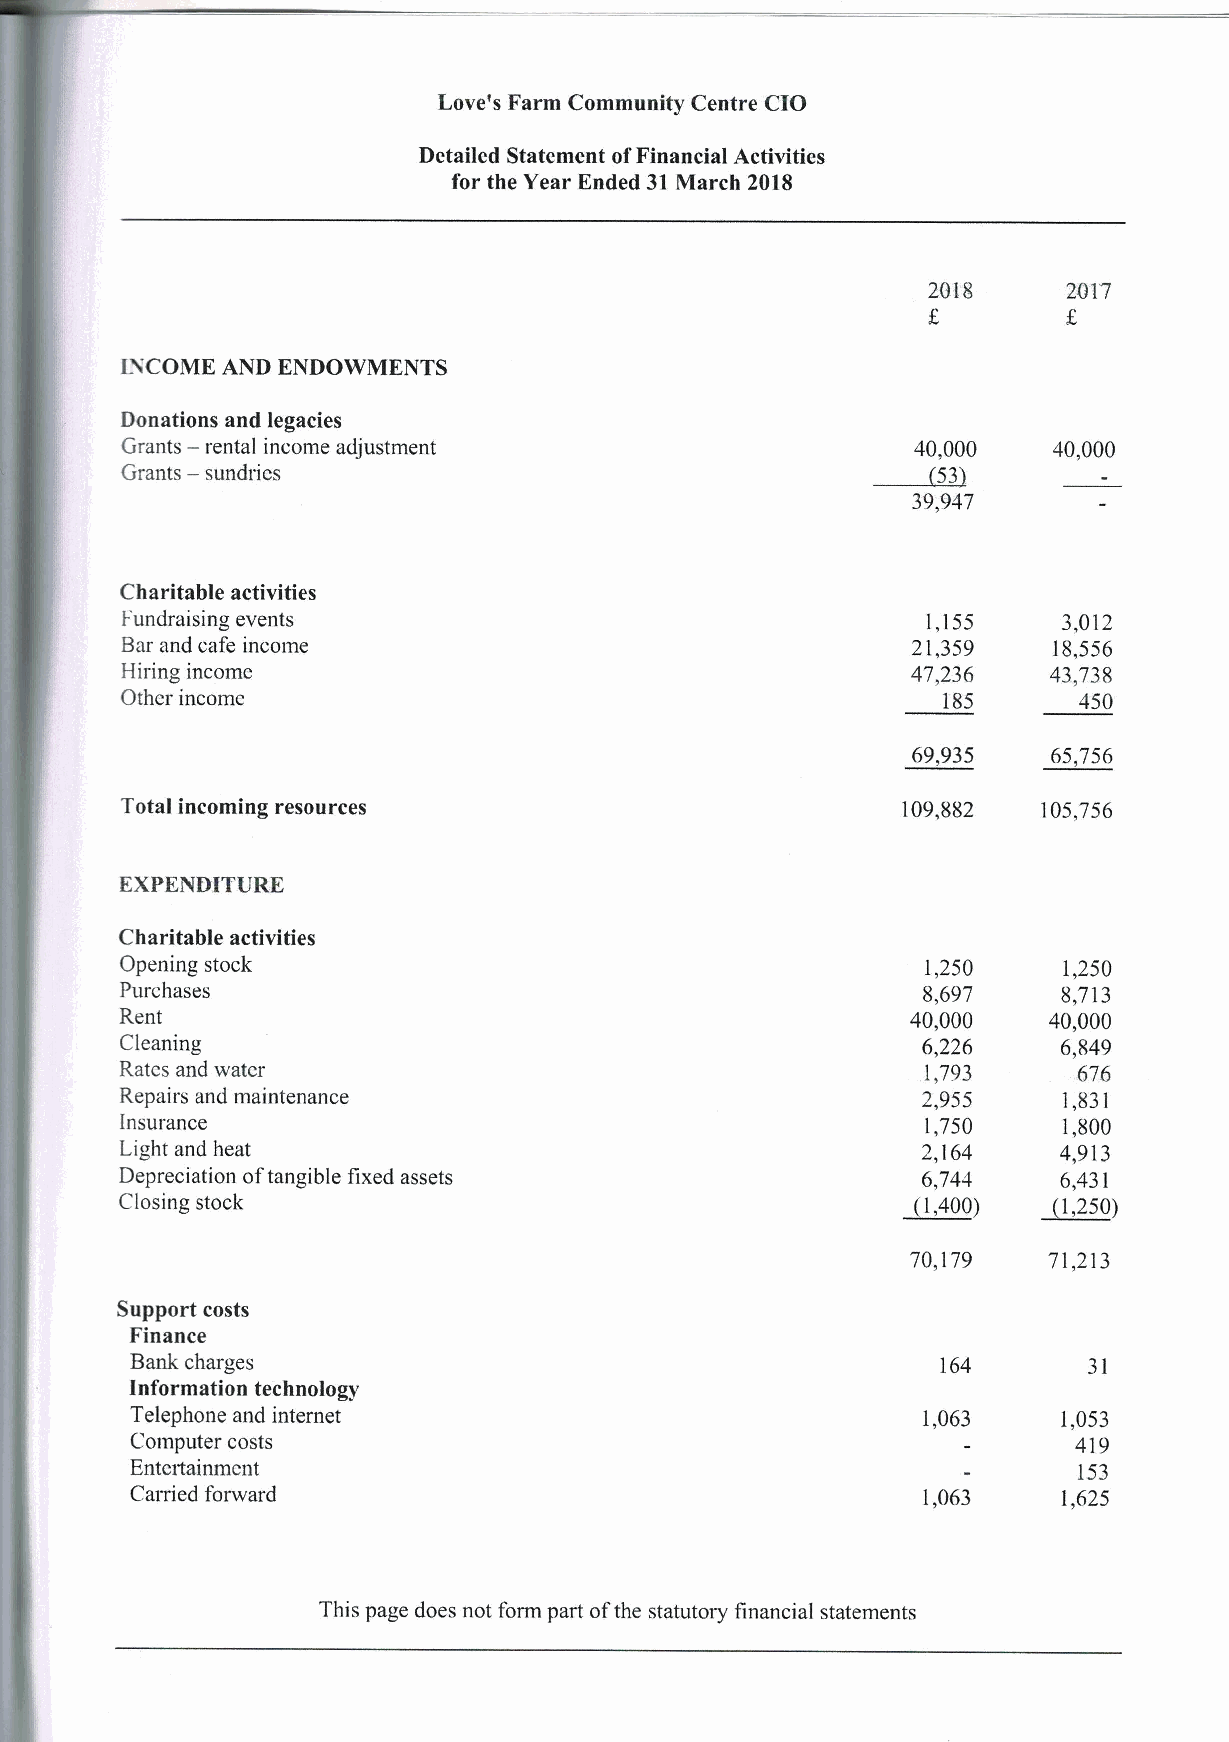
I.
 ove's Farm Community Centre CIO
 Detailed Statement ofFinancial Activities
 for the Year Ended 31 March 2018
 2017
 INCOME AND ENDOWMENTS
 Donations and legacies
 —
 Grants rental income adjustment                      40,000   40,000
 —
 Grants sundries
 39,947
 Charitable activities
 I-undraising events                                  1,155    3,012
 Bar and cafe income                                 21,359    18,556
 Hiring income                                       47,236   43,738
 Other income                                          185      450
 69,935    65,756
 Total incoming resources                            109,882  105,756
 EXPENDITURE
 Charitable activities
 Opening stock                                        1,250    1,250
 Purchases                                            8,697    8,713
 Rent                                                40,000   40,000
 Cleaning                                             6,226    6,849
 Rates and water                                      1,793     676
 Repairs and maintenance                              2,955    1,831
 Insurance                                            1,750    1,800
 Light and heat                                       2,164    4,913
 Depreciation oftangible fixed assets                 6,744    6,431
 Closing stock                                       ~1,400)  ~1,250)
 70,179   71,2]3
 Support costs
 Finance
 Bank charges                                         164       31
 Information technology
 Telephone and internet                              1,063    1,053
 Computer costs                                                419
 Entcrtainmcnt                                                 153
 CaiTied forward                                     1,063    1,625
 This page does not form part ofthe statutory financial statements